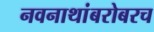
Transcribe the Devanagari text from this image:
नवनाथांबरोबरच